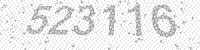
Solution: 523116